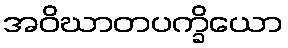
အဝိဃာတပက္ခိယော